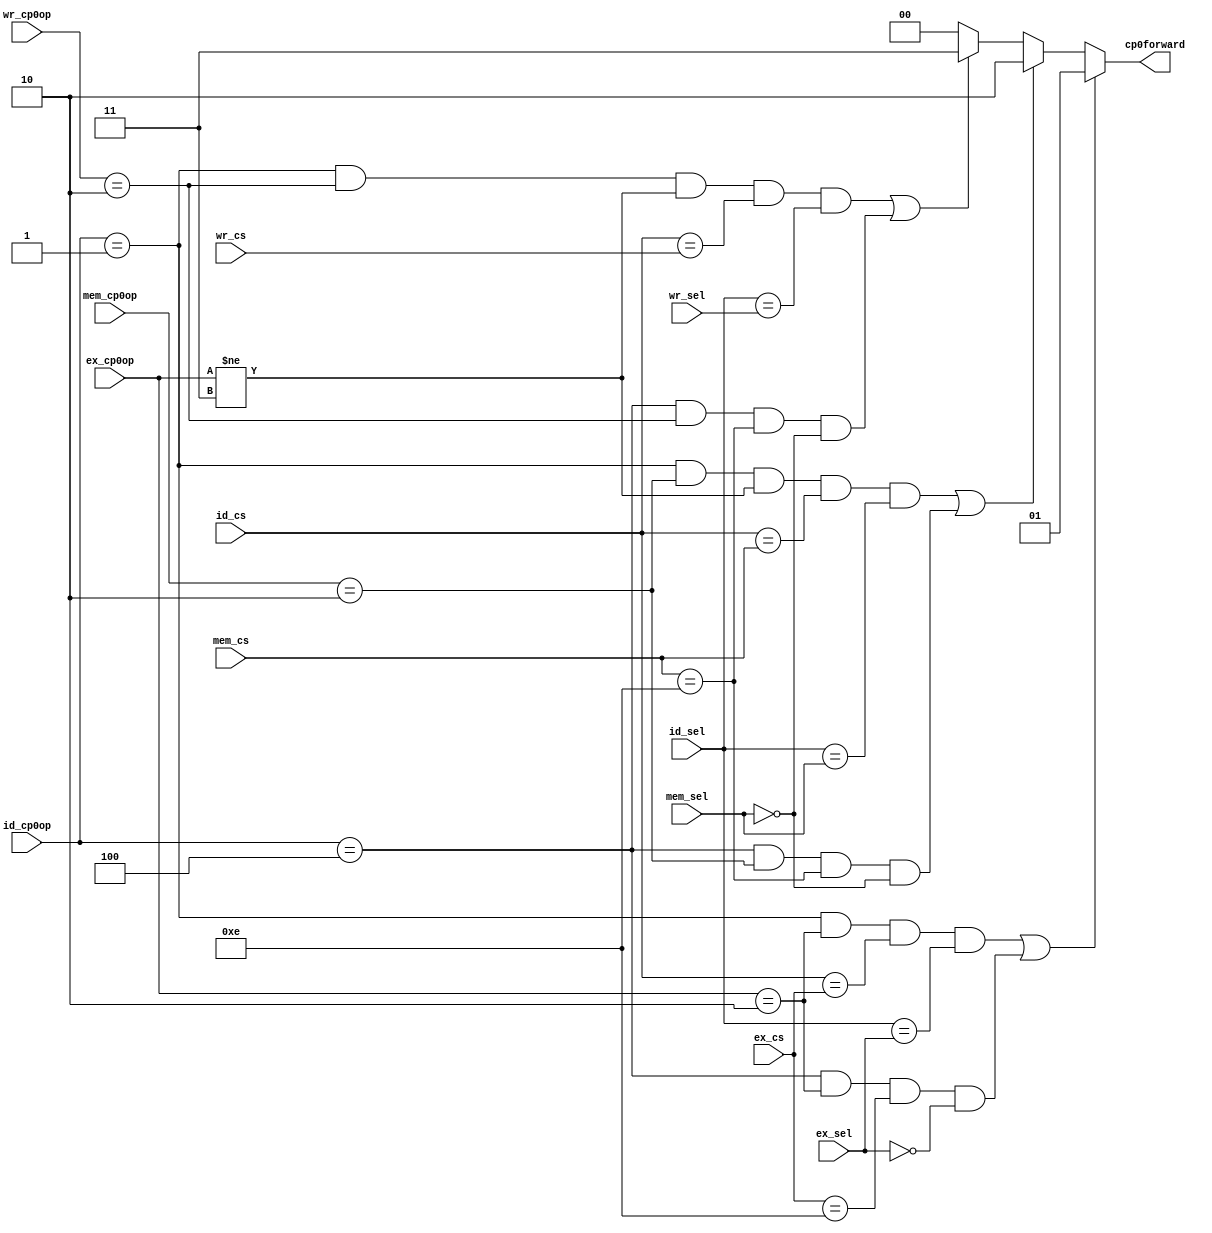
module cp0forwardUnit(id_cp0op,id_cs,id_sel,ex_cs,ex_sel,ex_cp0op,mem_cs,mem_sel,mem_cp0op,wr_cs,wr_sel,wr_cp0op,cp0forward);
input wire[2:0] id_cp0op,ex_cp0op,mem_cp0op,wr_cp0op,id_sel,ex_sel,mem_sel,wr_sel;
input wire[4:0] id_cs,ex_cs,mem_cs,wr_cs;
output reg[1:0] cp0forward;

initial begin
	cp0forward = 2'b00;
end

always@(*) begin
	if((id_cp0op==3'b001&&ex_cp0op==3'b010&&id_cs==ex_cs&&id_sel==ex_sel)||(id_cp0op==3'b100&&ex_cp0op==3'b010&&ex_cs==14&&ex_sel==0))
		cp0forward = 2'b01;
	else if((id_cp0op==3'b001&&mem_cp0op==3'b010&&ex_cp0op!=3'b11&&id_cs==mem_cs&&id_sel==mem_sel)||(id_cp0op==3'b100&&mem_cp0op==3'b010&&mem_cs==14&&mem_sel==0))
		cp0forward = 2'b10;
	else if((id_cp0op==3'b001&&wr_cp0op==3'b010&&ex_cp0op!=3'b11&&id_cs==wr_cs&&id_sel==wr_sel)||(id_cp0op==3'b100&&wr_cp0op==3'b010&&mem_cs==14&&mem_sel==0))
		cp0forward = 2'b11;
	else
		cp0forward = 2'b00;
end

endmodule